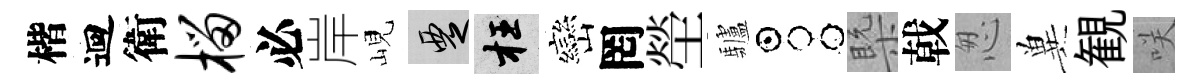
楷迴衛榴必岸峴覂枉巒罔塋驢占槩戟怱兾観咲